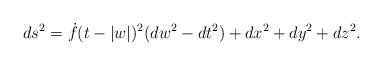
LaTeX: \begin{align*}ds^2=\dot{f}(t-|w|)^2(dw^2-dt^2)+dx^2+dy^2+dz^2 .\end{align*}